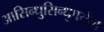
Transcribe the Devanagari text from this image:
आसिन्धुसिन्धुपर्यंता